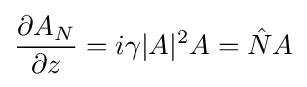
{\partial A_{N} \over \partial z}=i\gamma |A|^{2}A={\hat {N}}A